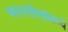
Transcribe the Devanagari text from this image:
बाललीलांमध्ये